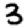
Digit: 3